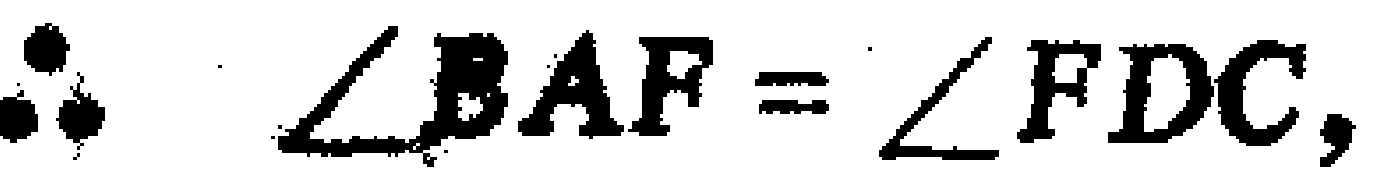
\(\therefore \angle BAF=\angle FDC,\)